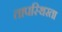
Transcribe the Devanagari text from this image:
तापस्थिरता